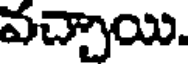
వచ్చాయి.